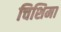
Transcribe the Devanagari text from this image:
चिशिमा